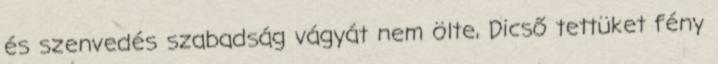
és szenvedés szabadság vágyát nem ölte, Dicső tettüket fény